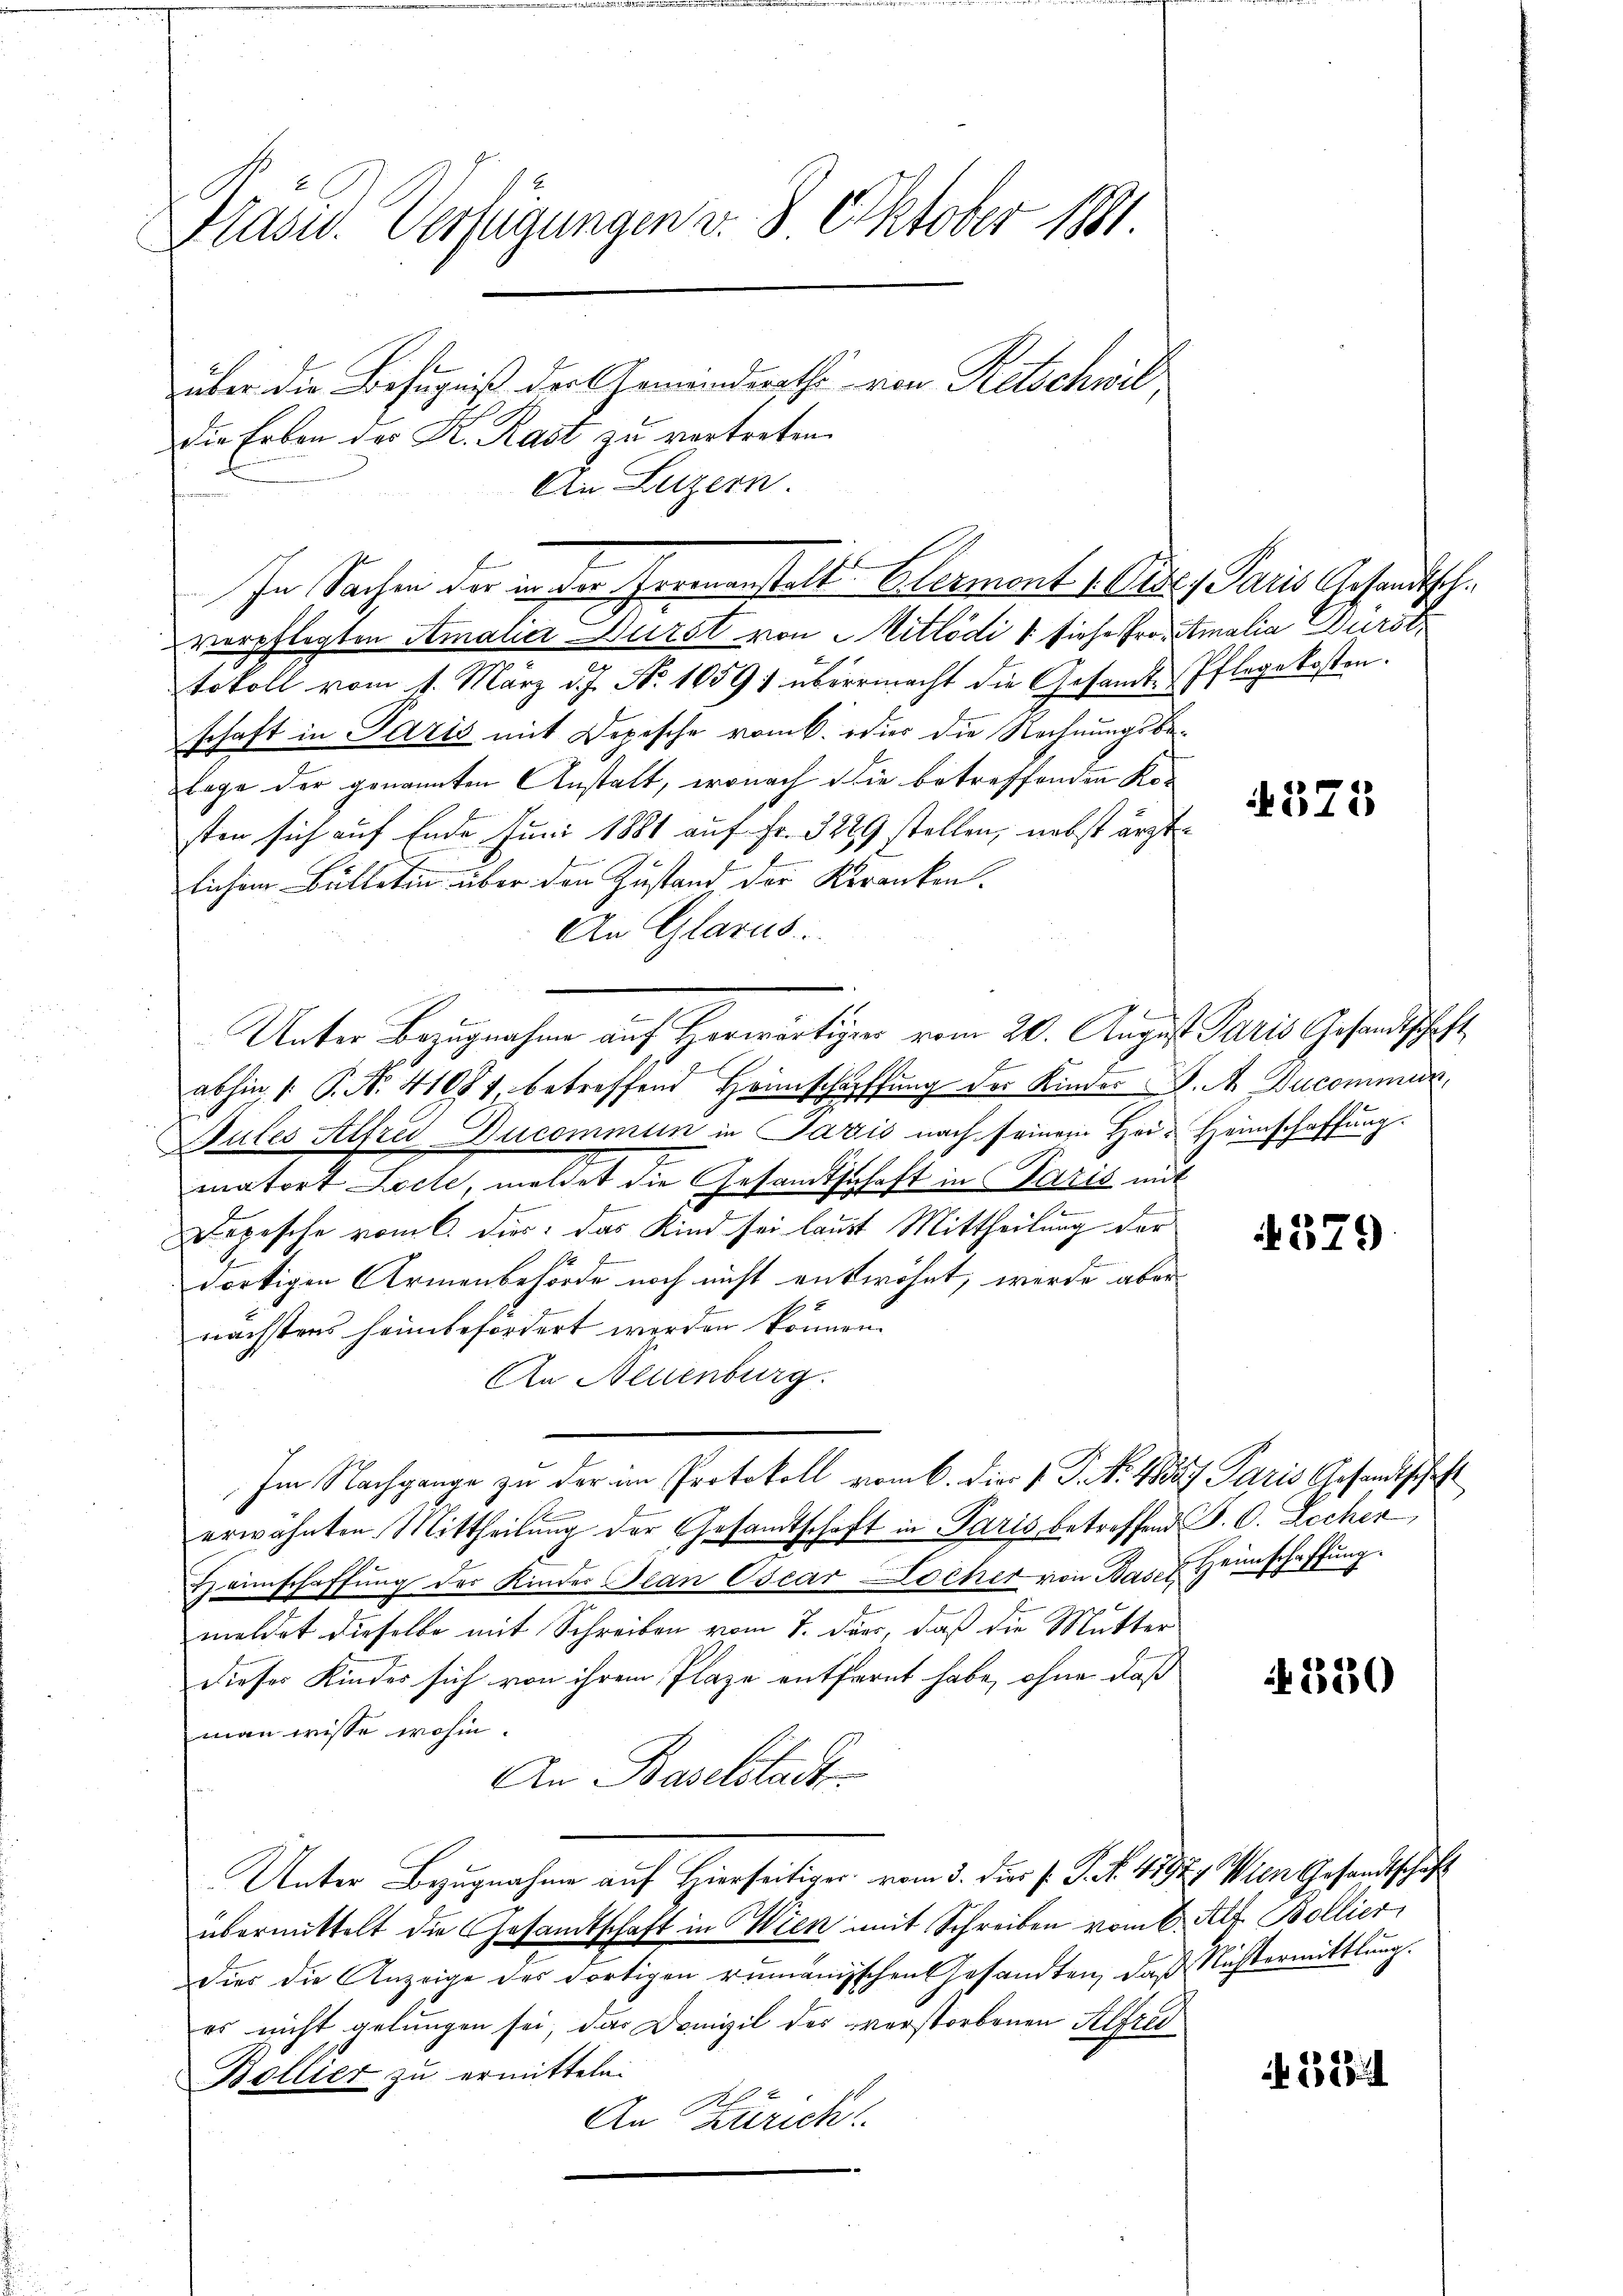
Präsid. Verfügungen v. 8. Oktober 1891.
über die Befugniß der Gemeinderathe von Retschwildie Erben des K. Rast zu vertreten.
An Luzern.

verpflegten Amaler Durst von Mitlödi 1 siehe Pro. Amalia Dürst
tokoll vom 1. März d. J. No 10591 übermacht die Gesamt-Pflegekosten.
schaft in Paris mit Depesche vom 6. dies die Rechnungsbe¬
1
Tage der genannten Anstalt, wonach die betreffenden Ko-
sten sich auf Ende Juni 1881 auf Fr. 322 stellen, nebst ärztlichem Bulletin über den Zustand der Kranken.
An Glarus
abhin 1. P. Nr. 41084 betreffend Heimschaffung der Kinder K. A. Ducommun
Autes Alfrei Ducommun in Paris nach seinem Hei-Heimschaffung.
2
g
matort Lecte, meldet die Gesandtschaft in Paris mit
Depesche vom 6. dies. das Kind sei laut Mittheilung der
dortigen Armenbehörde noch nicht entwöhnt, werde aber
nächstens heimbefördert werden können.
An Neuenburg.
Im Nachgange zu der am Protokoll vom 6. die 1. P. N. 48327 Paris Gesandtschaft
erwähnten Mittheilung der Gesandtschaft in Paris betreffend P. O. Zecher
Haimschaffŭng der Kinder Plan Oscar Locher von Basl. Heimschaffung.
meldet dieselbe mit Schreiben vom 7. ders, daß die Mutter
dieses Kinder sich von ihrem Plaze entfernt habe, ohne daß
man wisse wohin.
An Baselstadt
Unter Bezugnahme auf Hierseitiger vom 3. dies s. S. N. 11921 Wien Gesandtschaft
übermittelt die Gesandtschaft in Wien mit Schreiben vom 6. Alt. Bollier
Dies die Anzeige des dortigen rumänischen Gesandten, daß Nichtermittlung.
er nicht gelungen sei, das Domizil des verstorbenen Alfred
Bollier zu ermitteln.
A
An Zürich

In Sachen der in der Formenstalt Blermont Vides Paris Gesandtsch¬

Unter Bezugnahme auf Horwärtiger vom 20. August Paris Gesandtschaft

4375

579

N 220

3204